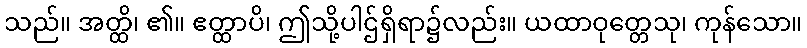
သည်။ အတ္ထိ၊ ၏။ ဧတ္ထာပိ၊ ဤသို့ပါဌ်ရှိရာ၌လည်း။ ယထာဝုတ္တေသု၊ ကုန်သော။